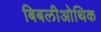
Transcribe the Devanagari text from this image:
बिबलीओथिक